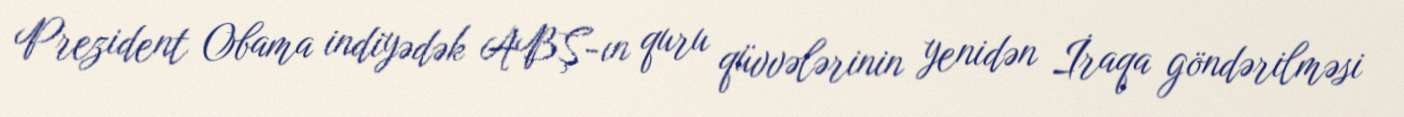
Prezident Obama indiyədək ABŞ-ın quru qüvvələrinin yenidən İraqa göndərilməsi